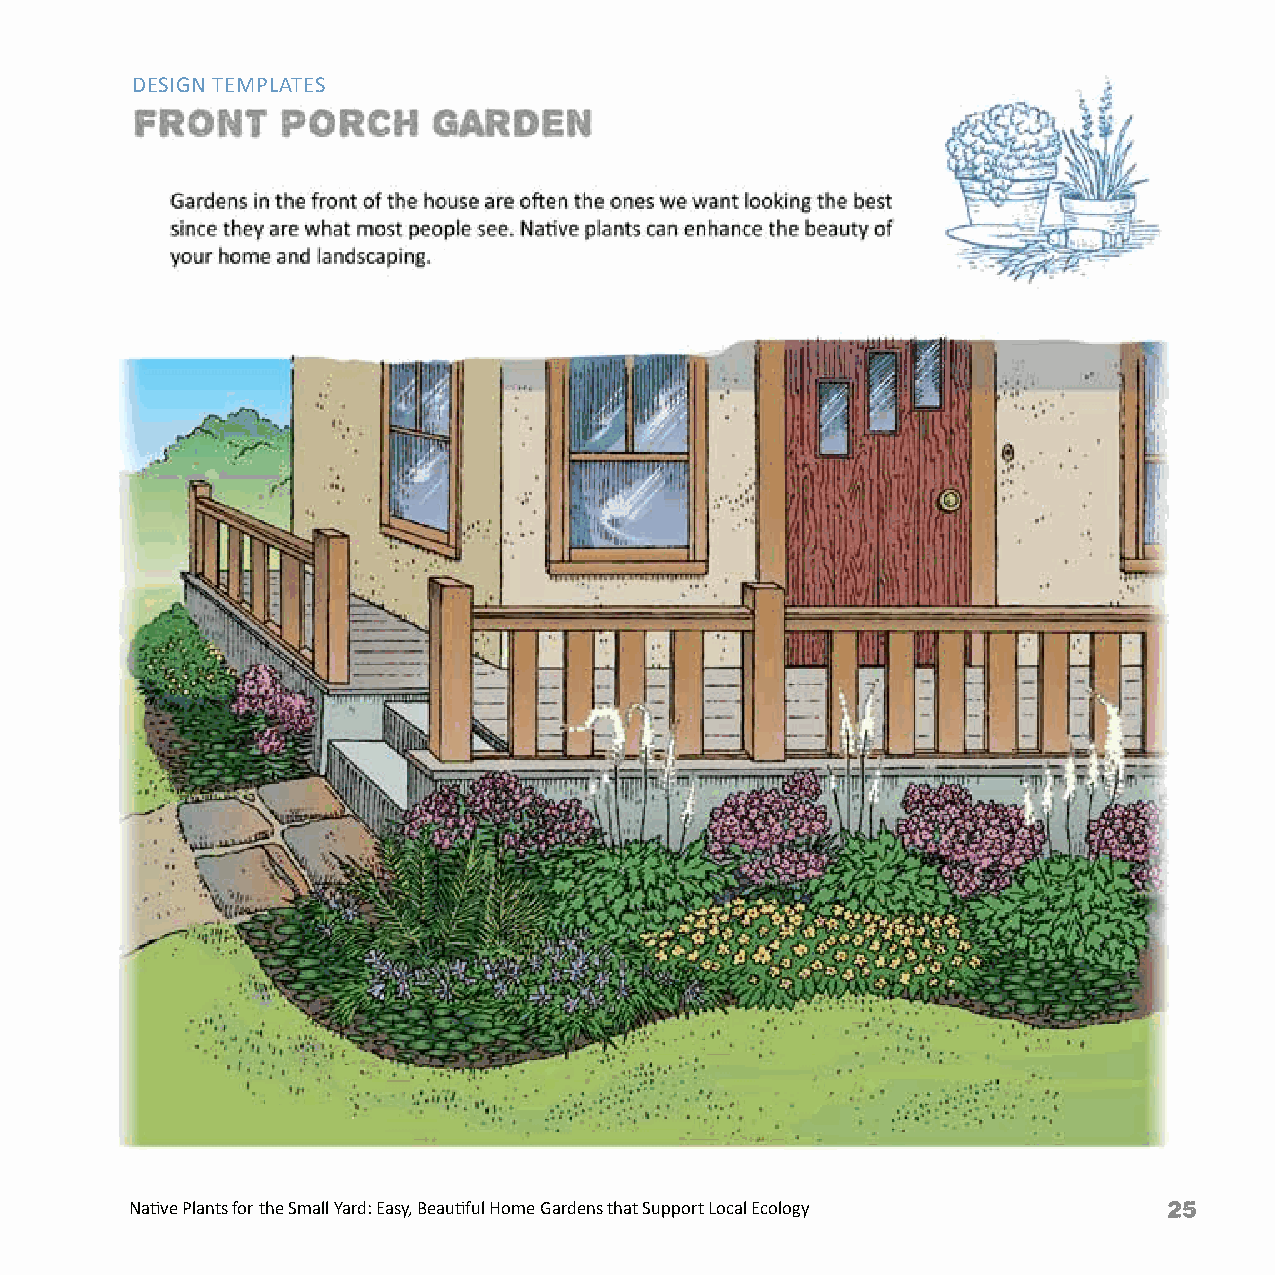
DESIGN TEMPLATES
 Native Plants for the Small Yard: Easy, Beautiful Home Gardens that Support Local Ecology Native Plants for the Small Yard: Easy, Beautiful Home Gardens that Support Local Ecology 25